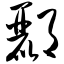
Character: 郦